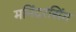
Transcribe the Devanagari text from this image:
मनिंदरसिंग